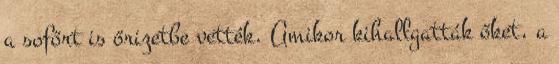
a sofőrt is őrizetbe vették. Amikor kihallgatták őket, a